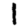
Digit: 1